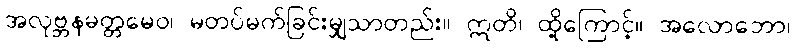
အလုဗ္ဘနမတ္တမေဝ၊ မတပ်မက်ခြင်းမျှသာတည်း။ ဣတိ၊ ထို့ကြောင့်။ အလောဘော၊